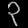
Digit: ၃